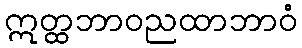
ဣတ္ထဘာဝညထာဘာဝံ